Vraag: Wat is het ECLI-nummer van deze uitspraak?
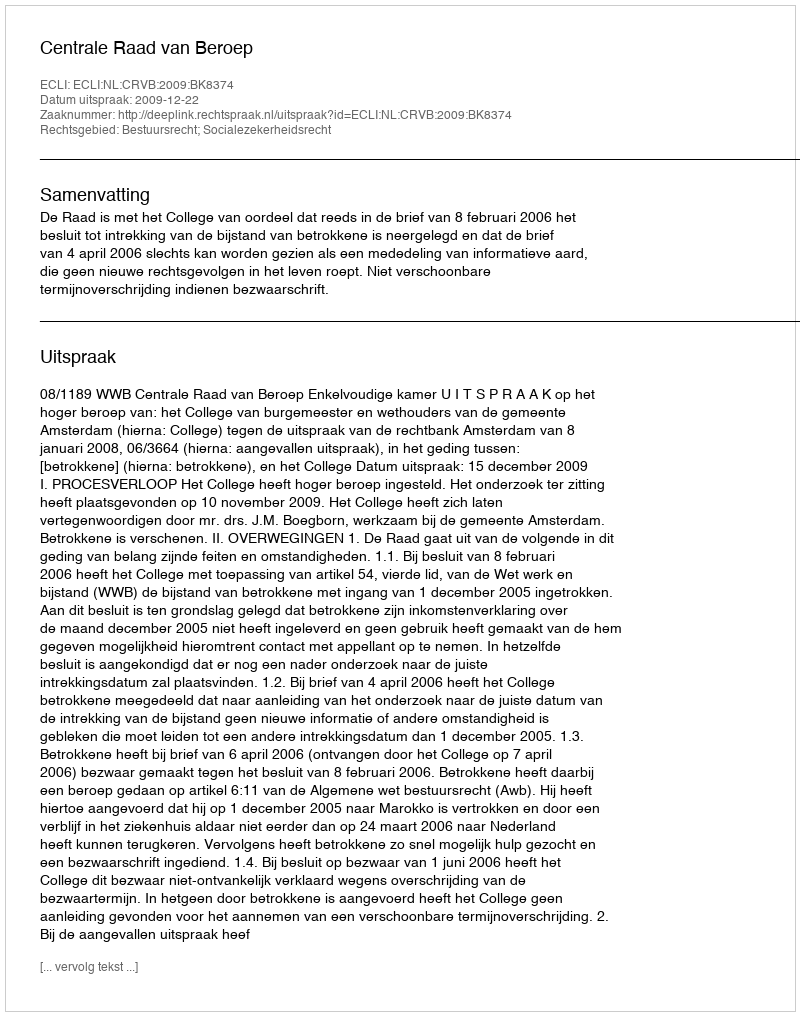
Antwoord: ECLI:NL:CRVB:2009:BK8374